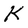
Character: K